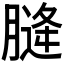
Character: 𮌨